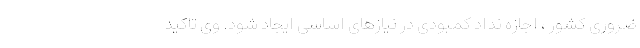
ضروری کشور ، اجازه نداد کمبودی در نیازهای اساسی ایجاد شود. وی تاکید